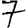
Digit: 7